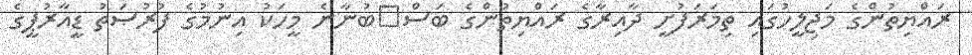
ރައްޔިތުންގެ މަޖިލީހުގައި ތިމަރަފުށީ ދާއިރާގެ ރައްޔިތުންގެ ބަސް	ބުނާނެ މީހަކު އިނުމުގެ ފުރުޞަތު ޑީއާރުޕީގެ